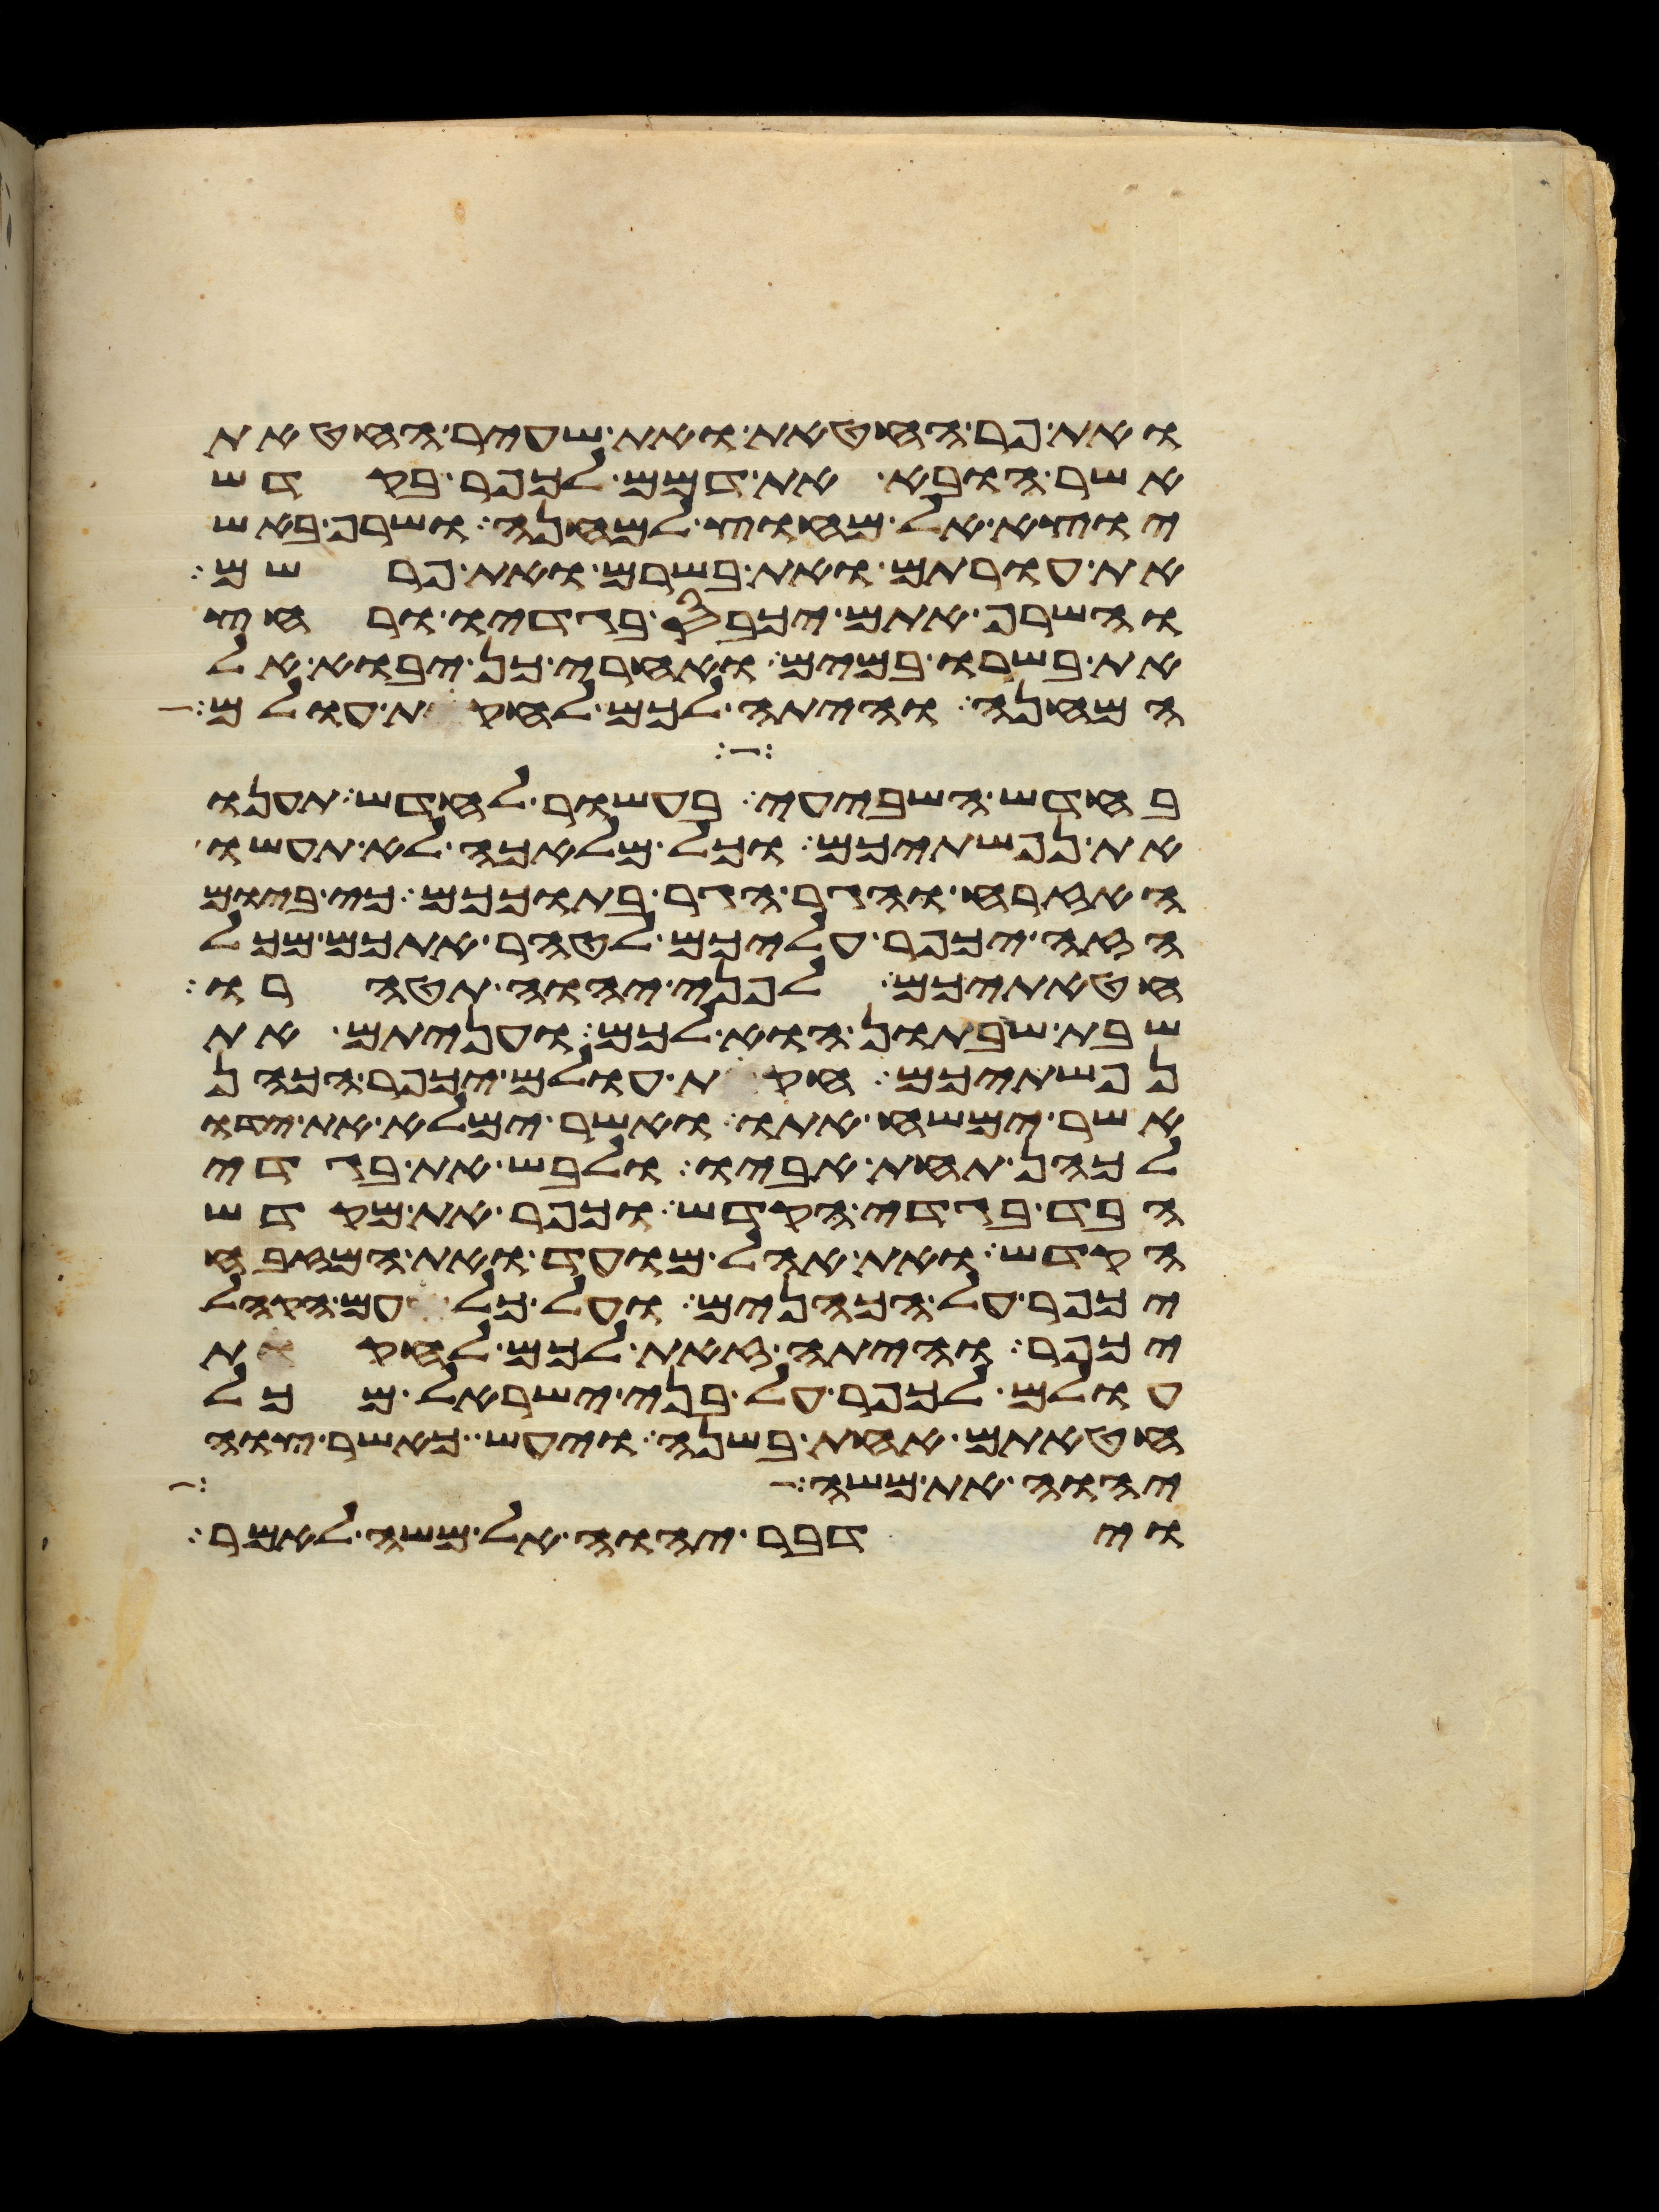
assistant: ואת פר החטאת ואת שעיר החטאת
אשר הובא את דמם לכפר בקדש
יוצא אל מחוץ למחנה ושרף באש
את עורתם ואת בשרם ואת פרשם
והשרף אתם יכבס בגדיו ורחץ
את בשרו במים ואחרי כן יבוא אל
המחנה והיתה לכם לחקות עולם
בחדש השביעי בעשור לחדש תענו
את נפשתיכם וכל מלאכה לא תעשו
האזרח והגר הגר בתוככם כי ביום
הזה יכפר עליכם לטהר אתכם מכל
חטאתיכם לפני יהוה תטהרו
שבת שבתון הוא לכם ועניתם את
נפשתיכם חקות עולם יכפר הכהן
אשר ימשח אתו ואשר ימלא את ידו
לכהן תחת אביו ולבש את בגדי
הבד בגדי הקדש וכפר את מקדש
הקדש ואת אהל מועד ואת המזבח
יכפר על הכהנים ועל כל עם הקהל
יכפר והיתה זאת לכם לחקות
עולם לכפר על בני ישראל מכל
חטאתם אחת בשנה ויעש כאשר צוה
יהוה את משה
וידבר יהוה אל משה לאמר